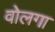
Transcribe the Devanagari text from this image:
वोलगा